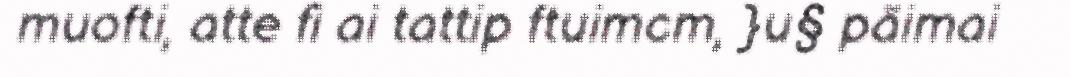
muofti, atte fi ai tattip ftuimcm, }u§ päimai